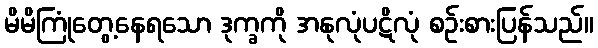
မိမိကြုံတွေ့နေရသော ဒုက္ခကို အနုလုံပဋိလုံ စဉ်းစားပြန်သည်။